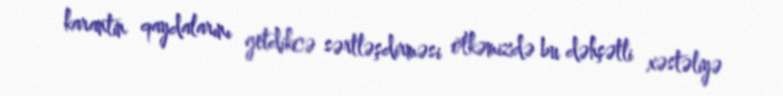
karantin qaydalarını getdikcə sərtləşdirməsi ölkəmizdə bu dəhşətli xəstəliyə